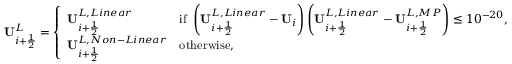
\mathbf { U } _ { i + \frac { 1 } { 2 } } ^ { L } = \left\{ \begin{array} { l l } { \mathbf { U } _ { i + \frac { 1 } { 2 } } ^ { L , L i n e a r } } & { \mathrm { i f ~ } \left( \mathbf { U } _ { i + \frac { 1 } { 2 } } ^ { L , L i n e a r } - \mathbf { U } _ { i } \right) \left( \mathbf { U } _ { i + \frac { 1 } { 2 } } ^ { L , L i n e a r } - \mathbf { U } _ { i + \frac { 1 } { 2 } } ^ { L , M P } \right) \leq 1 0 ^ { - 2 0 } , } \\ { \mathbf { U } _ { i + \frac { 1 } { 2 } } ^ { L , N o n - L i n e a r } } & { \mathrm { o t h e r w i s e } , } \end{array} \right.